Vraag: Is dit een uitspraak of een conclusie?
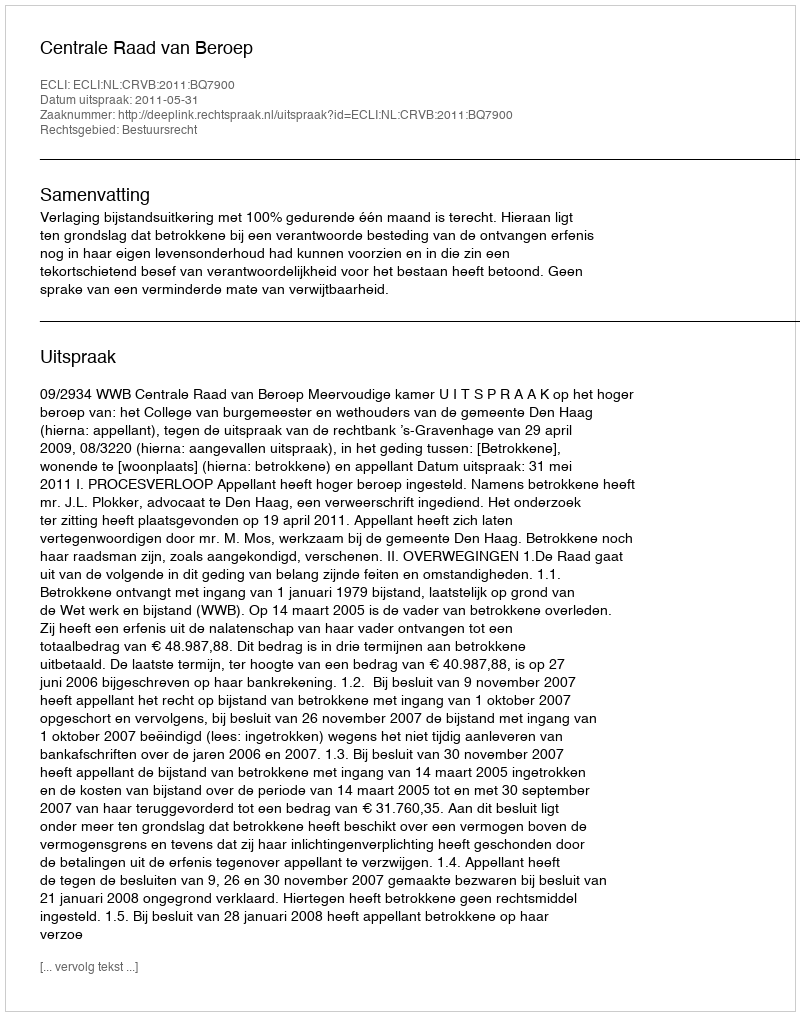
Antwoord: Uitspraak